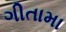
ગીતામા